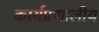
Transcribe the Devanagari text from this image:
कार्यप्रणालीय